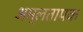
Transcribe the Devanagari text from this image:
अम्लतापक